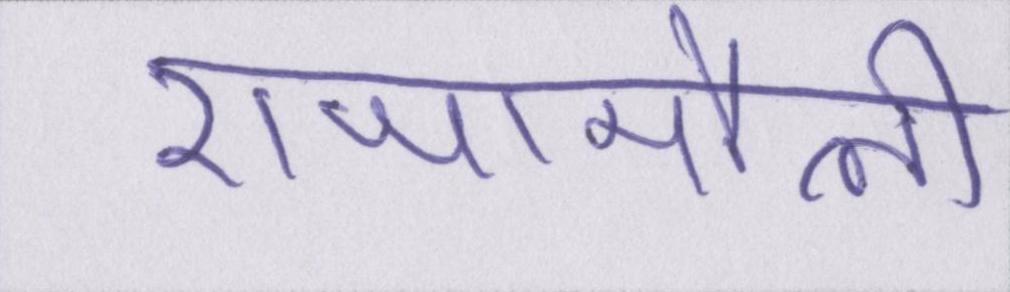
राजामौली